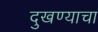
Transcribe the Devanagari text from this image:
दुखण्याचा